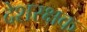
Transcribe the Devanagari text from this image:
देशरक्षक